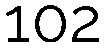
102